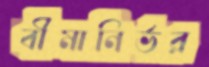
বীমানির্ভর